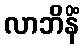
လာဘိနိံ